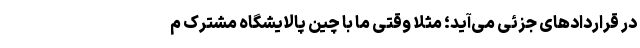
در قراردادهای جزئی می‌آید؛ مثلاً وقتی ما با چین پالایشگاه مشترک م